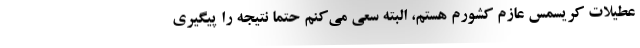
عطیلات کریسمس عازم کشورم هستم، البته سعی می‌کنم حتماً نتیجه را پیگیری